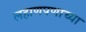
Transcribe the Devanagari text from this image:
लहाणपणाच्या